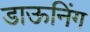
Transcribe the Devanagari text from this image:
डाऊनिंग